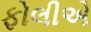
ફોલીએ